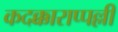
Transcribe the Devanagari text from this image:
कदक्काराप्पल्ली